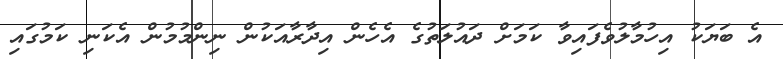
އެ ބަޔަކު އިހުމާލުވެފައިވާ ކަމަށް ދައުލަތުގެ އެހެން އިދާރާއަކުން ނިންމުމުން އެކަނި ކަމުގައި